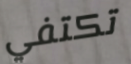
تكتفي